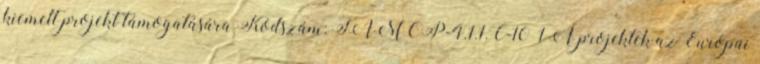
kiemelt projekt támogatására Kódszám: TÁMOP-4.1.1.C-10 1 A projektek az Európai